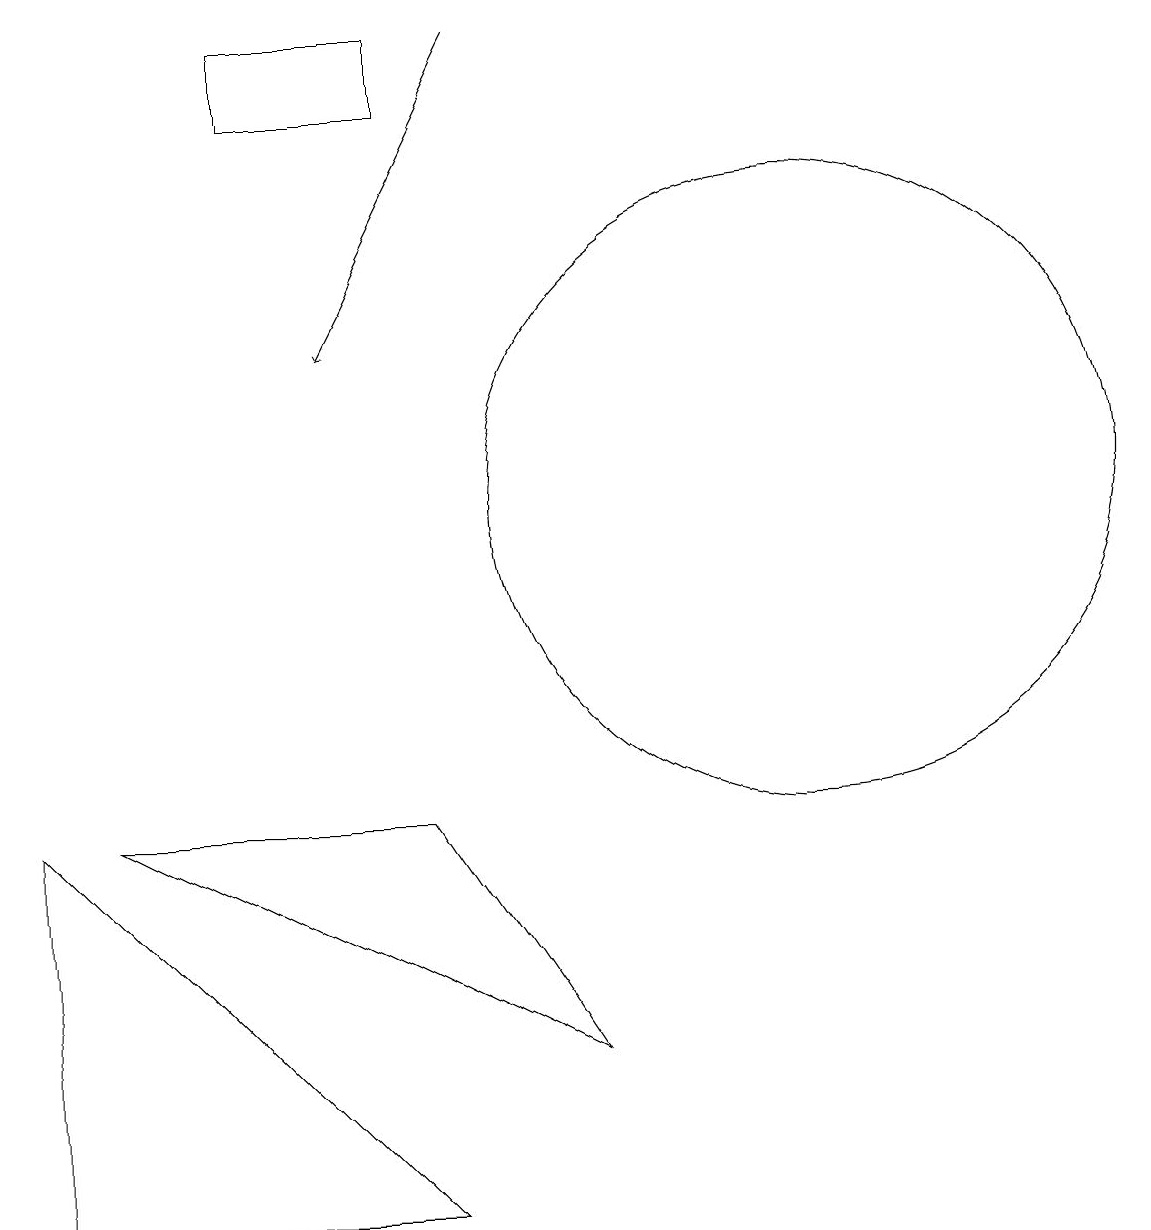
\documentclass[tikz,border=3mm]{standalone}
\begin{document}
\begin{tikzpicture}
\draw (12,10) circle (4);
\draw (7,6) -- (3,6) -- (9,3) -- cycle;
\draw[->] (8,16) -- (6,12);
\draw (2,6) -- (7,1) -- (2,1) -- cycle;
\draw (7,16) rectangle (5,15);
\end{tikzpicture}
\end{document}